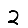
Digit: 2